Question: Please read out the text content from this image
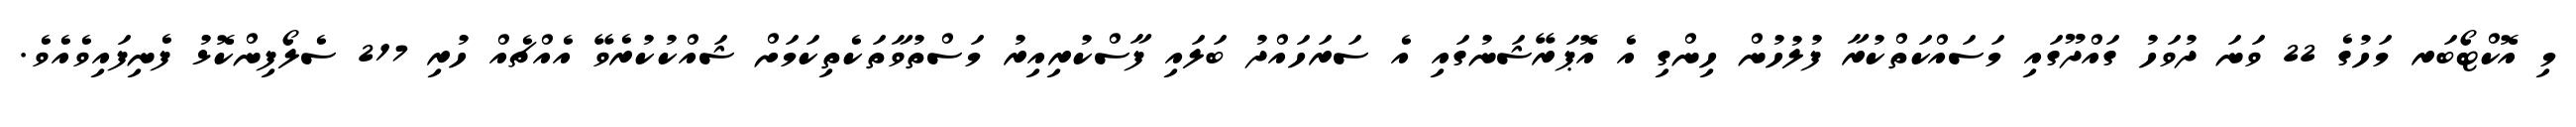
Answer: މި އޮކްޓޯބަރ މަހުގެ 22 ވަނަ ދުވަހު ގައްދޫގައި މަސައްކަތްކުރާ ފުލުހުން ހިންގި އެ އޮޕަރޭޝަނުގައި އެ ސަރަހައްދު ބަލައި ފާސްކުރިއިރު މަސްތުވާތަކެތިކަމަށް ޝައްކުކުރެވޭ އެއްޗެއް ހުރި 217 ސެލޯފިންކޮޅު ފެނިފައިވެއެވެ.